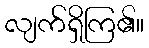
လျက်ရှိကြ၏။